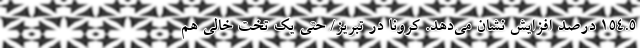
154.5 درصد افزایش نشان می‌دهد. کرونا در تبریز/ حتی یک تخت خالی هم